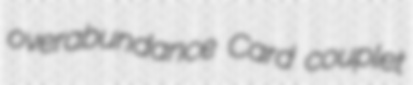
overabundance Card couplet